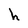
Character: h